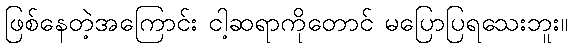
ဖြစ်နေတဲ့အကြောင်း ငါ့ဆရာကိုတောင် မပြောပြရသေးဘူး။